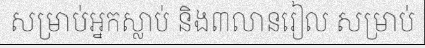
សម្រាប់អ្នកស្លាប់ និង៣លានរៀល សម្រាប់